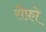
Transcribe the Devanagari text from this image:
सैफ़ो